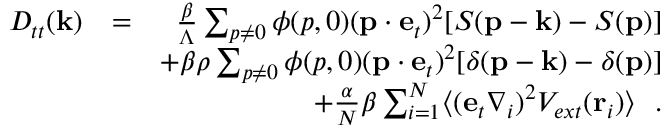
\begin{array} { r l r } { D _ { t t } ( { \bf k } ) } & { = } & { \frac { \beta } { \Lambda } \sum _ { p \neq 0 } \phi ( p , 0 ) ( { \bf p } \cdot { \bf e } _ { t } ) ^ { 2 } [ S ( { \bf p } - { \bf k } ) - S ( { \bf p } ) ] } \\ & { } & { \mathrm + \beta \rho \sum _ { p \neq 0 } \phi ( p , 0 ) ( { \bf p } \cdot { \bf e } _ { t } ) ^ { 2 } [ \delta ( { \bf p } - { \bf k } ) - \delta ( { \bf p } ) ] } \\ & { } & { \mathrm + \frac { \alpha } { N } \beta \sum _ { i = 1 } ^ { N } \langle ( { \bf e } _ { t } \nabla _ { i } ) ^ { 2 } V _ { e x t } ( { \bf r } _ { i } ) \rangle ~ ~ . } \end{array}